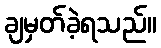
ချမှတ်ခဲ့ရသည်။